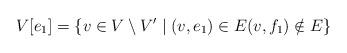
LaTeX: \begin{align*} V[e_1]=\{v\in V\setminus V'\mid (v,e_1)\in E (v,f_1)\notin E\} \end{align*}